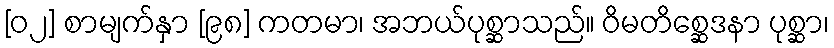
[၀၂] စာမျက်နှာ [၉၈] ကတမာ၊ အဘယ်ပုစ္ဆာသည်။ ဝိမတိစ္ဆေဒနာ ပုစ္ဆာ၊